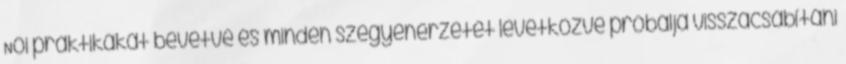
Női praktikákat bevetve és minden szégyenérzetét levetkőzve próbálja visszacsábítani